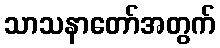
သာသနာတော်အတွက်